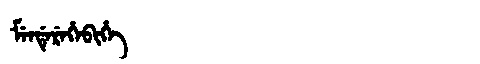
Manchu: ᠮᡝᠨᡩᡝᡵᡝᡥᡝᠪᡳᡥᡝ
Romanization: MENDEREHEBIHE